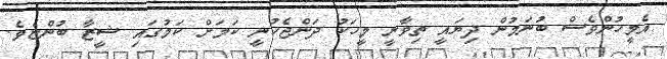
އެމީހުންވެސް ބުނަމުން ދިޔައީ ތިވާނީ މީހަކު ދަންޖެހުނީ ކަމަށް ކަމުގައި ޝީޒާ ބުންޏެވެ.